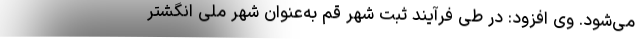
می‌شود. وی افزود: در طی فرآیند ثبت شهر قم به‌عنوان شهر ملی انگشتر